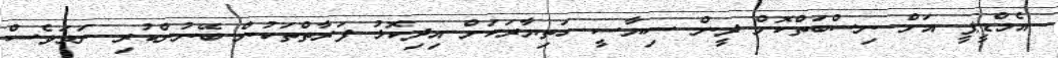
އެމްޑީޕީ އަށް ނިސްބަތްކޮށް ދީން ސިޔާސީ ހަތިޔާރަކަށް އިދިކޮޅު ފަރާތްތަކުން ބޭނުންކުރި ނަމަވެސް